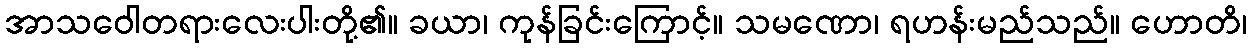
အာသဝေါတရားလေးပါးတို့၏။ ခယာ၊ ကုန်ခြင်းကြောင့်။ သမဏော၊ ရဟန်းမည်သည်။ ဟောတိ၊